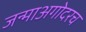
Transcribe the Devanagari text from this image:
जन्माअगोदरच